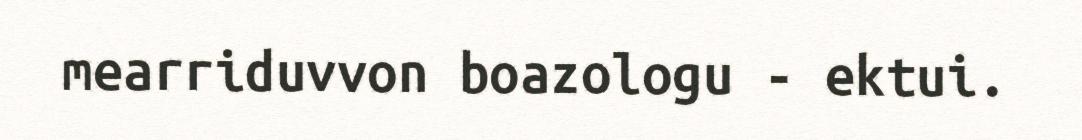
mearriduvvon boazologu - ektui.